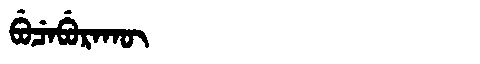
Manchu: ᠪᡠᠴᡝᠪᡠᡵᠠᡴᡡ
Romanization: BUCEBURAKŪ